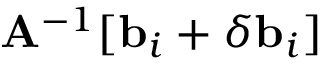
\mathbf { A } ^ { - 1 } [ \mathbf { b } _ { i } + \delta \mathbf { b } _ { i } ]